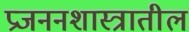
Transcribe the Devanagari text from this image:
प्रजननशास्त्रातील